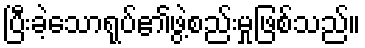
ပြီးခဲ့သောရုပ်၏ဖွဲ့စည်းမှုဖြစ်သည်။